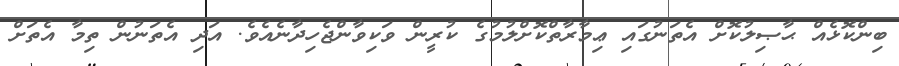
ބިންކޮޅެއް ޙާޞިލުކޮށް އެތަނުގައި ޢިމާރާތްކޮށްލުމުގެ ކުރީން ވަކިވާންޖެހިދާނެއެވެ. އަދި އެތަނުން ތިމާ އެތަށް